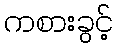
ကစားခွင့်